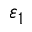
\varepsilon _ { 1 }